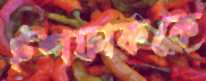
ইশফাককে